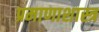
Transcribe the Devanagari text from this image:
प्रमाणाशास्त्र